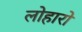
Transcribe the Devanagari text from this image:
लोहारो